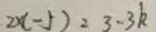
2 x ( - 5 ) = 3 - 3 k